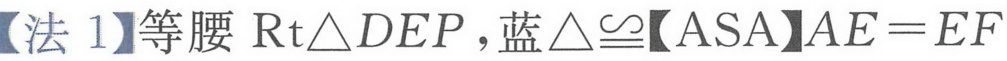
【法 1】等腰 \(\text{Rt}\triangle DEP\)，蓝\(\triangle\cong\)【ASA】\(AE = EF\)